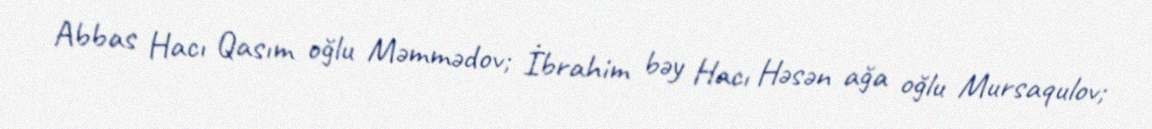
Abbas Hacı Qasım oğlu Məmmədov; İbrahim bəy Hacı Həsən ağa oğlu Mursaqulov;